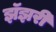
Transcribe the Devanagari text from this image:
झॅझरी